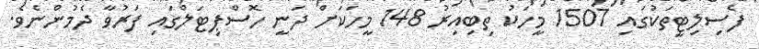
ފެސިލިޓީތަކުގައި 1507 މީހަކު ތިބިއިރު 148 މީހަކަށް ދަނީ ހޮސްޕިޓަލްގައި ފަރުވާ ދެމުންނެވެ.